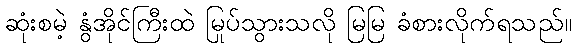
ဆုံးစမဲ့ နွံအိုင်ကြီးထဲ မြုပ်သွားသလို မြမြ ခံစားလိုက်ရသည်။